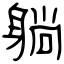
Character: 躺